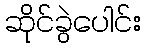
ဆိုင်ခွဲပေါင်း